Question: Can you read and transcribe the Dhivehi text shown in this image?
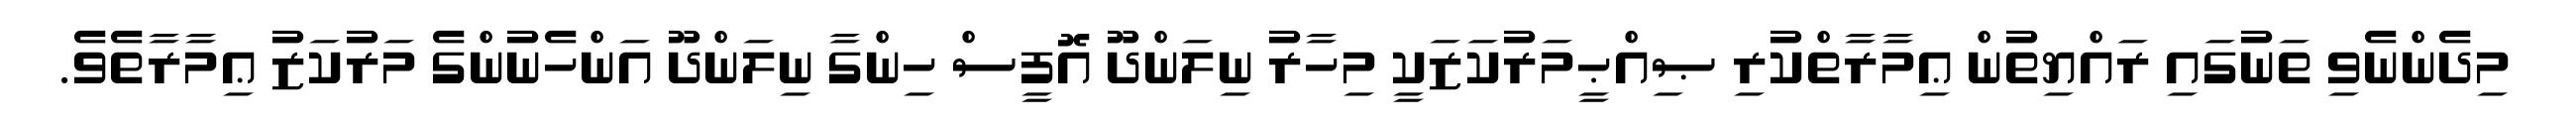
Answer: މިދެންނެވި ތަނުގައި ރައްޔިތުން ޢިމާރާތްކުރި ޞިއްޙީމަރުކަޒަކީ މިހާރު ނިލަންދޫ އޮފީސް ހިންގާ ނިލަންދޫ އަންހެނުންގެ މަރުކަޒު ޢިމާރާތެވެ.